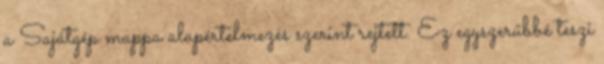
a Sajátgép mappa alapértelmezés szerint rejtett. Ez egyszerűbbé teszi